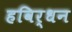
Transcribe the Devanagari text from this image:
हविर्धन